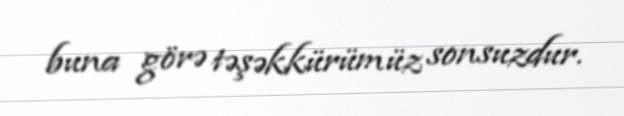
buna görə təşəkkürümüz sonsuzdur.